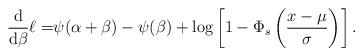
LaTeX: \begin{align*}\frac{\mathrm{d}}{\mathrm{d}\beta}\ell=&\psi(\alpha+\beta) - \psi(\beta) +\log\left[1-\Phi_s\left(\frac{x-\mu}{\sigma}\right)\right].\end{align*}